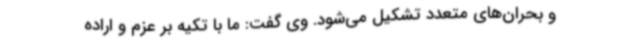
و بحران‌های متعدد تشکیل می‌شود. وی گفت: ما با تکیه بر عزم و اراده